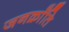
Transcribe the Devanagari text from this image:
जनक्राँति